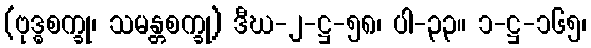
(ဗုဒ္ဓစက္ခု၊ သမန္တစက္ခု) ဒီဃ-၂-ဋ္ဌ-၅၈၊ ပါ-၃၃။ ၁-ဋ္ဌ-၁၆၅၊